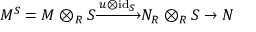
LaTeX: M ^ { S } = M \otimes _ { R } S { \xrightarrow { u \otimes { \mathrm { i d } } _ { S } } } N _ { R } \otimes _ { R } S \to N